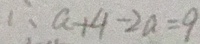
\therefore a + 4 - 2 a = 9